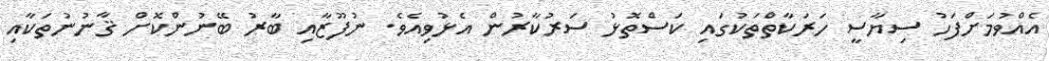
އެއްވުމަށްފަހު ސިޔާސީ ހަރަކާތްތަކުގައި ކަސްތޮޅު ސަރުކާރުން އެޅުވިއެވެ. ނުފޫޒާއި ބާރު ބޭނުންކޮށް ޤާނުނުތަކާއި